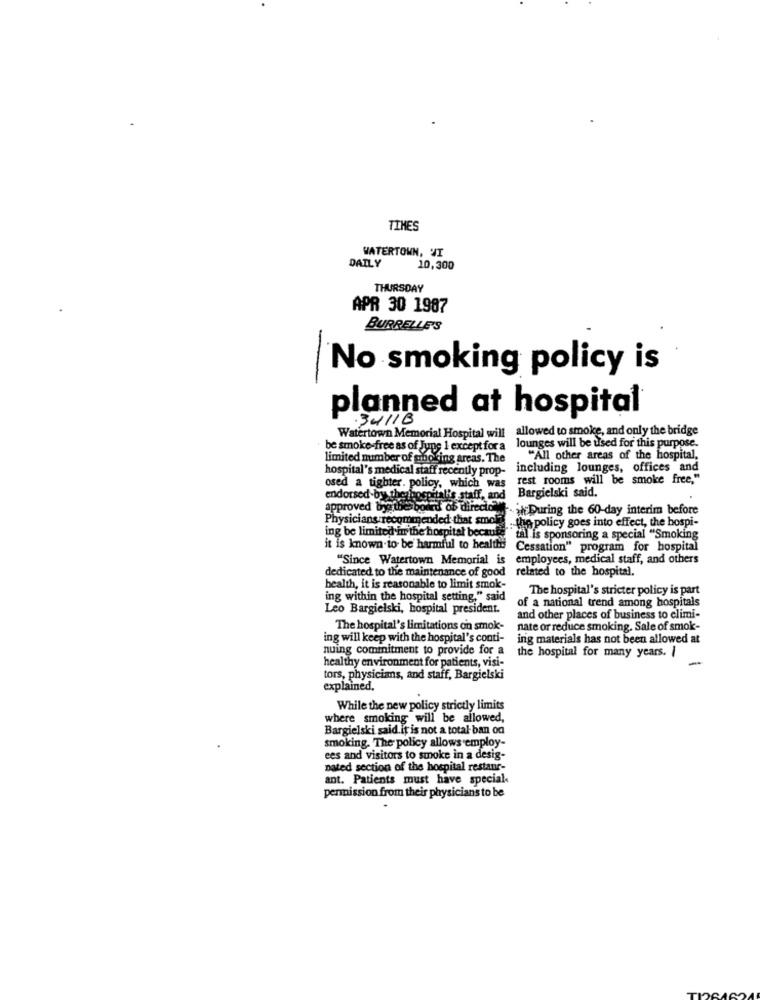
TIMES
WATERTOWN, VI
DAILY
10,300
THURSDAY
APR 30 1987
BURRELLE'S
No smoking policy is
-
planned at hospital
.34/1B
Watertown Memorial Hospital will allowed to smoke, and only the bridge
lounges will be used for this purpose.
be smoke-free as of Jupe 1 except for a
limited number of smoking areas. The
"All other areas of the hospital,
hospital's medical staff recently prop-
including lounges, offices and
rest rooms will be smoke free,"
osed a tighter. policy, which was
endorsed-by.the hospitalis staff, and Bargielski said.
approved bythe board of directo
hah During the 60-day interim before
ing be limited in the hospital beenuns : Ha policy goes into effect, the hospi-
Physicians recommended that smolik
"till is sponsoring a special "Smoking
it is known to be harmful to health
Cessation" program for hospital
"Since Watertown Memorial is
employees, medical staff, and others
dedicated to the maintenance of good related to the hospital.
health, it is reasonable to limit smok-
The hospital's stricter policy is part
ing within the hospital setting," said
Leo Bargielski, hospital president.
of a national trend among hospitals
and other places of business to climi-
The hospital's limitations on smok-
nate or reduce smoking. Sale of smok-
ing will keep with the hospital's conti-
ing materials has not been allowed at
nuing commitment to provide for a
the hospital for many years. I
-
healthy environment for patients, visi-
tors, physicians, and staff, Bargielski
explained.
While the new policy strictly limits
where smoking will be allowed,
Bargielski said.it is not a total- ban on
smoking. The policy allows employ-
ees and visitors to smoke in a desig-
nated section of the hospital restaur-
ant. Patients must have special
permission from their physicians to be